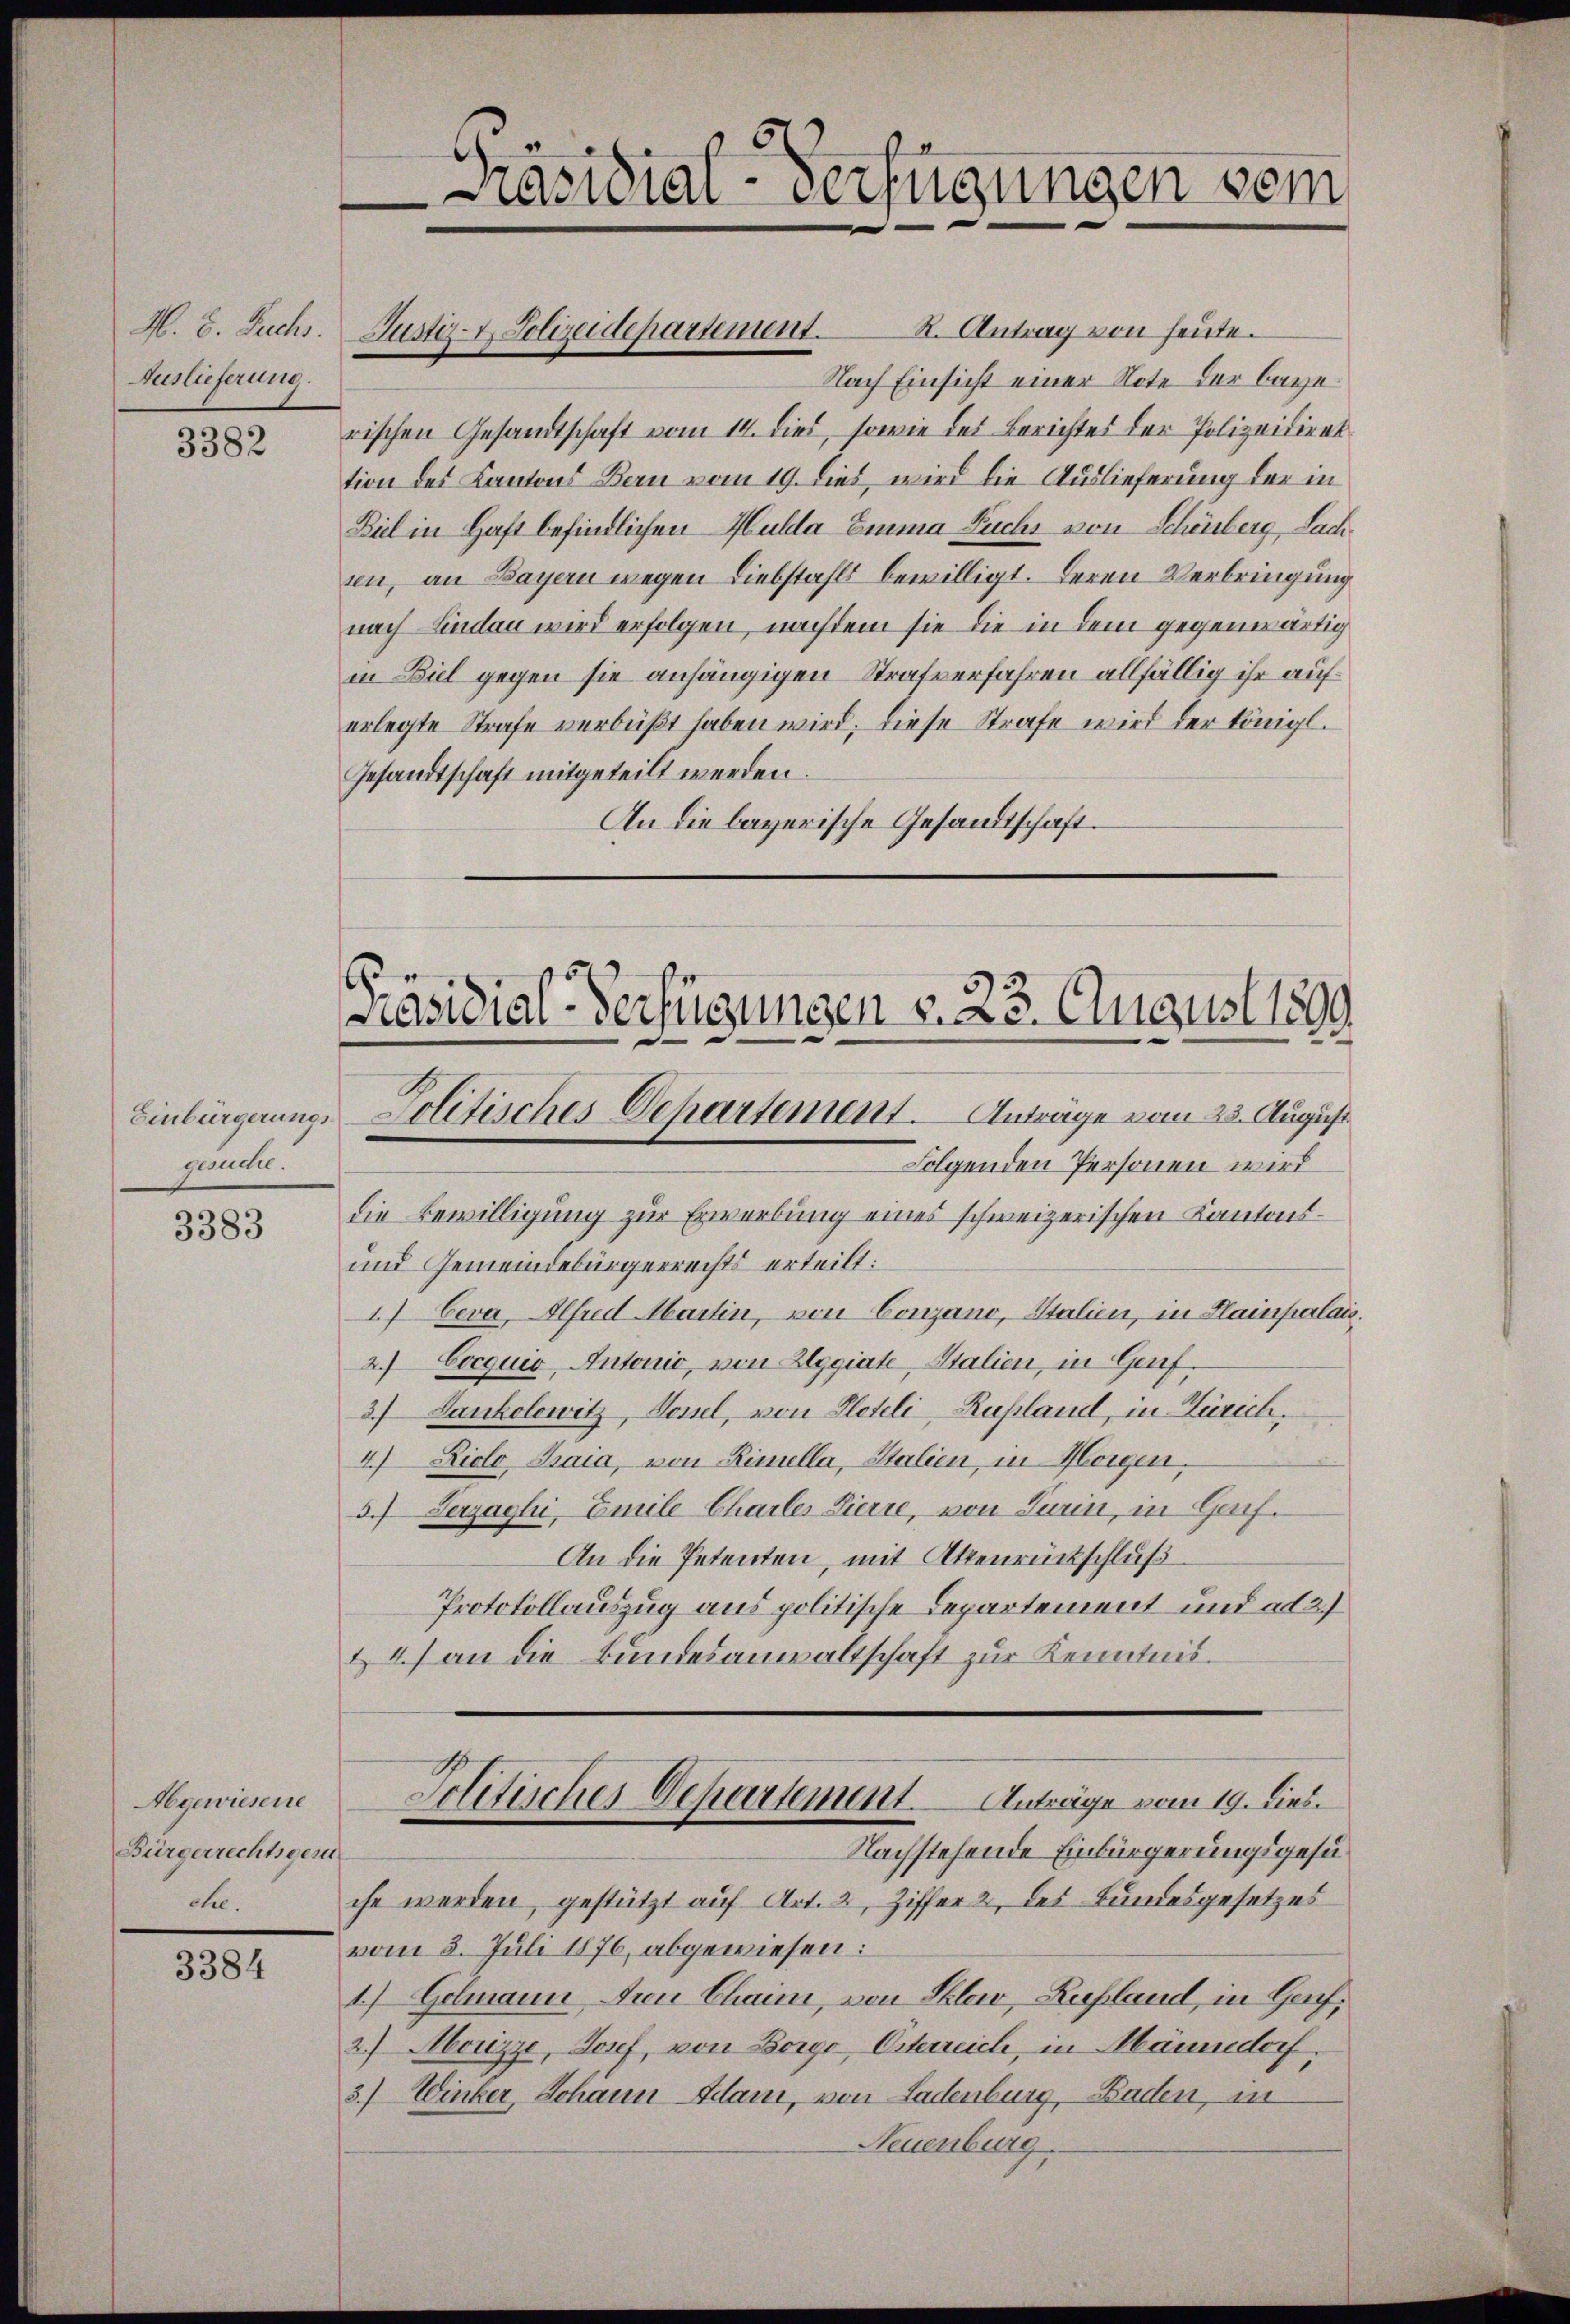
M. E. Fuchs.
Auslieferung.

3382

Einbürgerungsgesuchte.

3383

Abgewiesene
Bürgerrechtsgen
che.

3384

Nach Einsicht einer Note der bayerischen Gesandtschaft vom 14. dies, sowie des Berichtes der Polizeidirek
tion des Kantons Bern vom 19. dies, wird die Auslieferung der in
Biel in Haft befindlichen Kulla Emma Fuchs von Schönberg, Sachsen, an Bayern wegen Liebstahls bewilligt. Deren Verbringung
nach Lindau wird erfolgen, nachdem sie die in dem gegenwärtig
in Biel gegen sie anhängigen Strafverfahren allfällig ihr auferlegte Strafe verbüßt haben wird; diese Strafe wird der königl.
Gesandtschaft mitgeteilt werden.
An die bayerische Gesandtschaft.

Präsidial-Verfügungen dem

Justiz- & Polizeidepartement. Antrag von heute.

.
Präsidial-Verfügungen v. 23. August 1899
Politisches Departement. Antrage vom 23. August
Folgenden Personen wird

die Bewilligung zur Erwerbung eines schweizerischen Kantons¬
und Gemeindebürgerrechts erteilt:
1) Ceva, Alfred Martin, von Conzano, Italien, in Hainpalais.
Cocquis, Antonio, von Eggiate, Stalien, in Genf¬
A
3.) Dankolowitz, Vossel, von Peteli, Rußland, in Zürich,
4.) Dielo Caia, von Rinella, Stalien, in Horgen,
3.) Herzaghi, Emile Chartes Zierre, von Turin, in Genf.
An die Petenten, mit Attenrückschluß
Protokollauszug aus politische Departement und ad 2.)
& 4) an die Bundesanwaltschaft zur Kenntnis.
Politisches Departement. Anträge vom 19. Dies.
Nachstehende Einbürgerungsgesuche werden, gestützt auf Art. 2, Ziffer 2, des Bundesgesetzes
vom 5. Juli 1876, abgewiesen:
1.) Gelmann den Chaim, von Sklav, Rußland, in Genf,
2.) Morizze, Josef, von Borgo Osterreich, in Abäumdorf.
3.) Winker, Johann Idani, von Ladenburg, Baden, in
Neuenburg